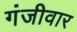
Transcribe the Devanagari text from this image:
गंजीवार